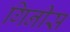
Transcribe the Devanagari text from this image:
गिनीस